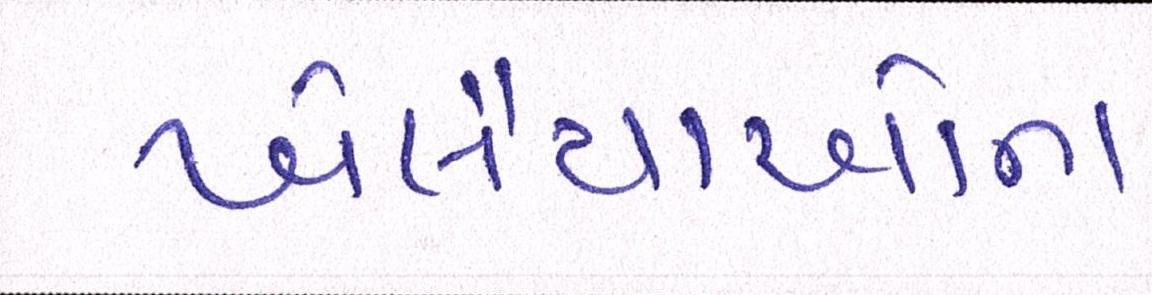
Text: ખેલૈયાઓના